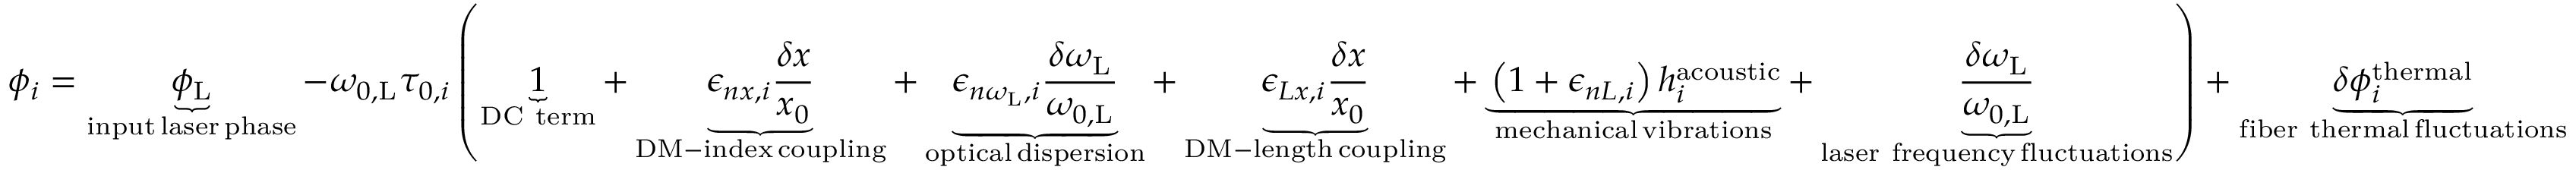
\phi _ { i } = \underbrace { \phi _ { \mathrm { L } } } _ { \substack { \mathrm { i n p u t } \, \mathrm { l a s e r } \, \mathrm { p h a s e } } } - \omega _ { 0 , \mathrm { L } } \tau _ { 0 , i } \left( \underbrace { 1 } _ { \mathrm { D C ~ t e r m } } + \underbrace { \epsilon _ { n x , i } \frac { \delta x } { x _ { 0 } } } _ { \substack { \mathrm { D M - i n d e x } \, \mathrm { c o u p l i n g } } } + \underbrace { \epsilon _ { n \omega _ { \mathrm { L } } , i } \frac { \delta \omega _ { \mathrm { L } } } { \omega _ { 0 , \mathrm { L } } } } _ { \substack { \mathrm { o p t i c a l } \, \mathrm { d i s p e r s i o n } } } + \underbrace { \epsilon _ { L x , i } \frac { \delta x } { x _ { 0 } } } _ { \substack { \mathrm { D M - l e n g t h } \, \mathrm { c o u p l i n g } } } + \underbrace { \left( 1 + \epsilon _ { n L , i } \right) h _ { i } ^ { \mathrm { a c o u s t i c } } } _ { \substack { \mathrm { m e c h a n i c a l } \, \mathrm { v i b r a t i o n s } } } + \underbrace { \frac { \delta \omega _ { \mathrm { L } } } { \omega _ { 0 , \mathrm { L } } } } _ { \substack { \mathrm { l a s e r ~ f r e q u e n c y } \, \mathrm { f l u c t u a t i o n s } } } \right) + \underbrace { \delta \phi _ { i } ^ { \mathrm { t h e r m a l } } } _ { \substack { \mathrm { f i b e r ~ t h e r m a l } \, \mathrm { f l u c t u a t i o n s } } }